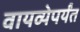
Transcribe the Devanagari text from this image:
वायव्येपर्यंत